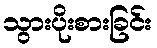
သွားပိုးစားခြင်း